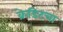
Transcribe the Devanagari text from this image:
क्रेडिटचा